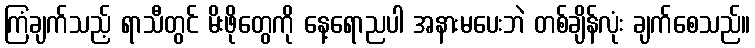
ကြံချက်သည့် ရာသီတွင် မိးဖိုတွေကို နေ့ရောညပါ အနားမပေးဘဲ တစ်ချိန်လုံး ချက်စေသည်။